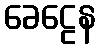
ခေဠေန